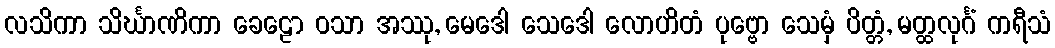
လသိကာ သိင်္ဃာဏိကာ ခေဠော ဝသာ အဿု, မေဒေါ သေဒေါ လောဟိတံ ပုဗ္ဗော သေမှံ ပိတ္တံ, မတ္ထလုင်္ဂံ ကရီသံ